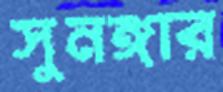
সুনঙ্গার